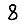
Digit: 8